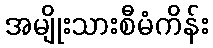
အမျိုးသားစီမံကိန်း